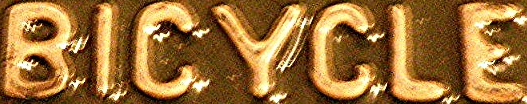
BICYCLE